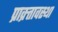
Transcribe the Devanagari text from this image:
प्राक्र्तावस्था